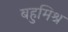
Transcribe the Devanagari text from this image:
बहुमिश्र